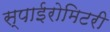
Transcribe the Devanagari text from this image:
स्पाईरोमिटरी